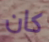
كان